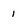
Character: 1